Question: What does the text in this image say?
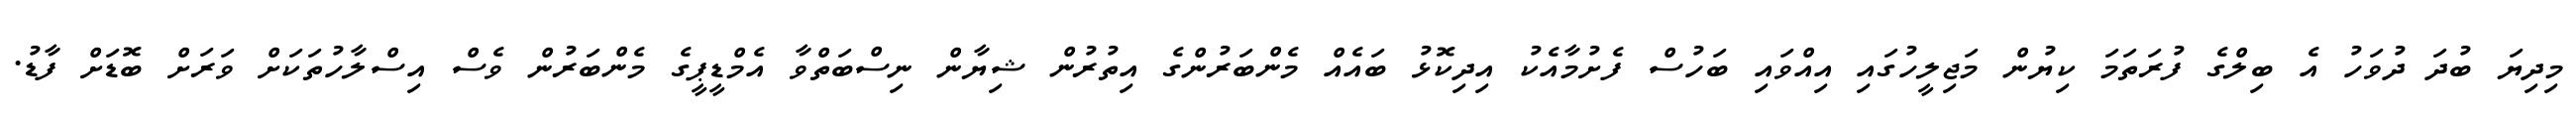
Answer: މިދިޔަ ބުދަ ދުވަހު އެ ބިލްގެ ފުރަތަމަ ކިޔުން މަޖިލީހުގައި އިއްވައި ބަހުސް ފެށުމާއެކު އިދިކޮޅު ބައެއް މެންބަރުންގެ އިތުރުން ޝިޔާން ނިސްބަތްވާ އެމްޑީޕީގެ މެންބަރުން ވެސް އިސްލާހުތަކަށް ވަރަށް ބޮޑަށް ފާޑު.